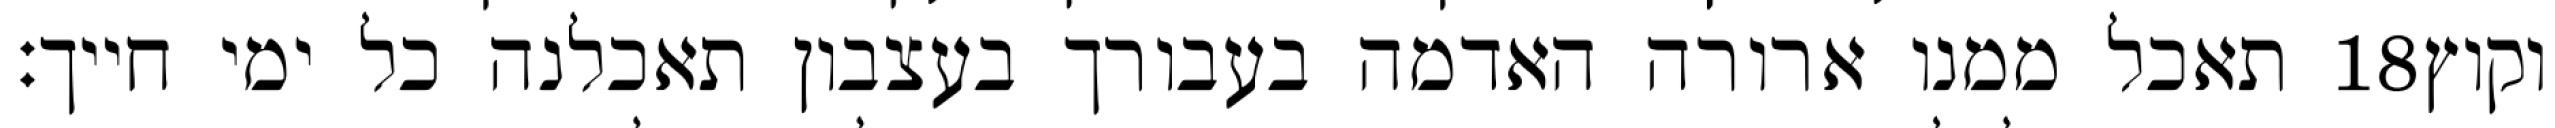
תאכל ממנו ארורה האדמה בעבורך בעצבון תאכלנה כל ימי חייך׃ ‎18‏ וקוץ